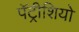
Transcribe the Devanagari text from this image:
पॅट्रीशियो